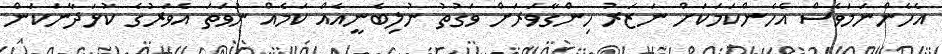
އެހެންނަމަވެސް އެހެންކަމަކަށް ނަޒަރު ހިންގާވަރަށް ވަގުތު ނުލިބެނީއެއް ކަމެއް ނުވަތަ އެވަރުގެ ކުޅަދާނަކަން